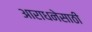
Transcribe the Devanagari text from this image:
आराधनेसाठी